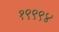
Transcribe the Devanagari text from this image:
१९९९४